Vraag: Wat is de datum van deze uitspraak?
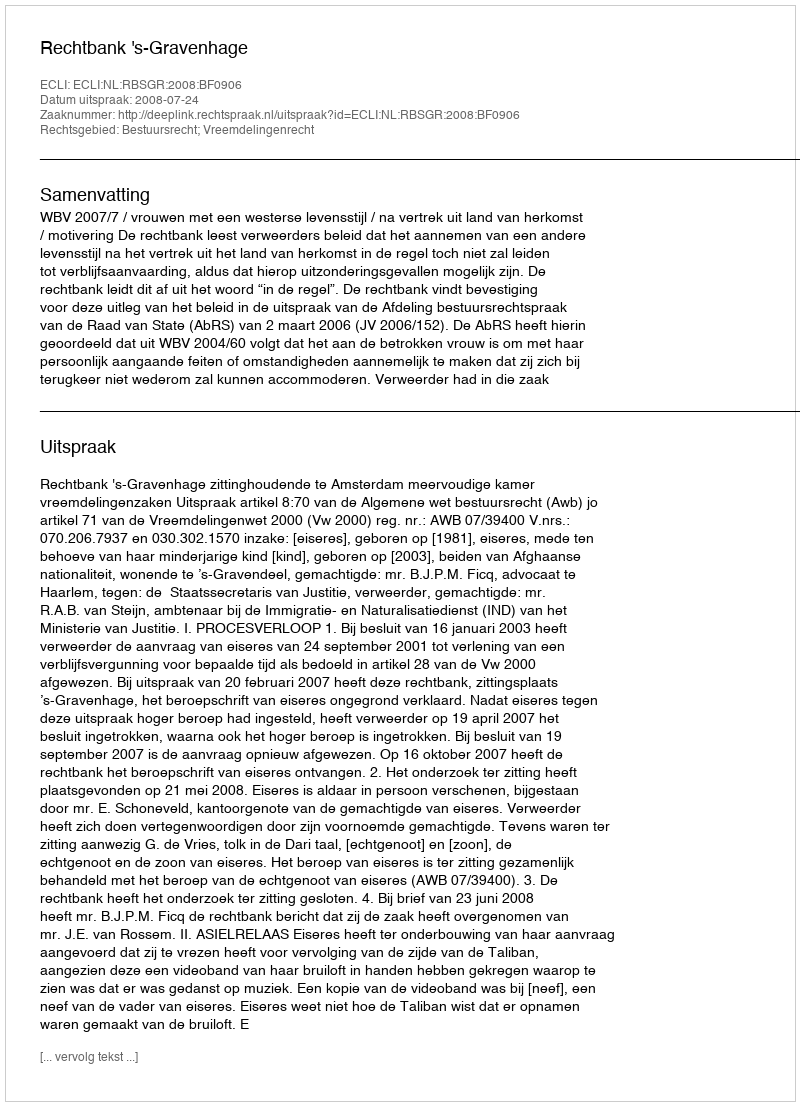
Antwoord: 2008-07-24